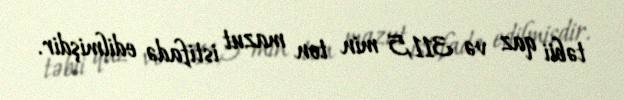
təbii qaz və 311,5 min ton mazut istifadə edilmişdir.